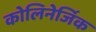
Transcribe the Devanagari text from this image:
कोलिनेर्जिक